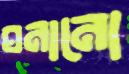
ঘনানো